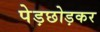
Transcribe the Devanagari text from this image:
पेड़छोड़कर